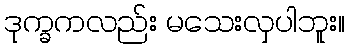
ဒုက္ခကလည်း မသေးလှပါဘူး။